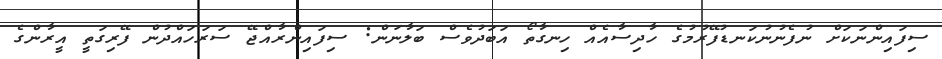
ސިފައިންނަކަށް ނުފެނުނުކަނޑުފޭރުމުގެ ހާދިސާއެއް ހިނގާތޯ އަބަދުވެސް ބަލާނަން: ސިފައިންރާއްޖޭ ސަރަހައްދުން ފޭރިގަތީ އީރާންގެ